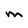
Character: M